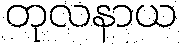
တုလနာယ